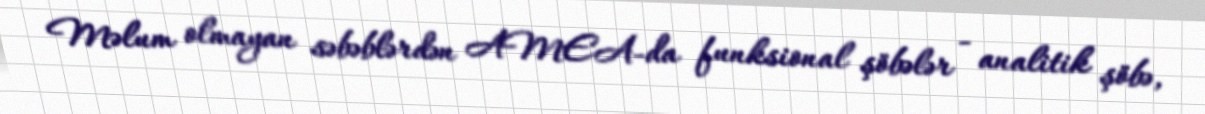
Məlum olmayan səbəblərdən AMEA-da funksional şöbələr - analitik şöbə,